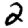
Digit: 2